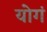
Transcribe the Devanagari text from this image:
योगं